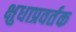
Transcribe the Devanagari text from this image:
क्षुधाप्रवर्तक